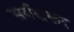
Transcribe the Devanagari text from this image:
सर्वराकर